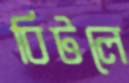
বিটলে